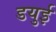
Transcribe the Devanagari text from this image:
डयुई